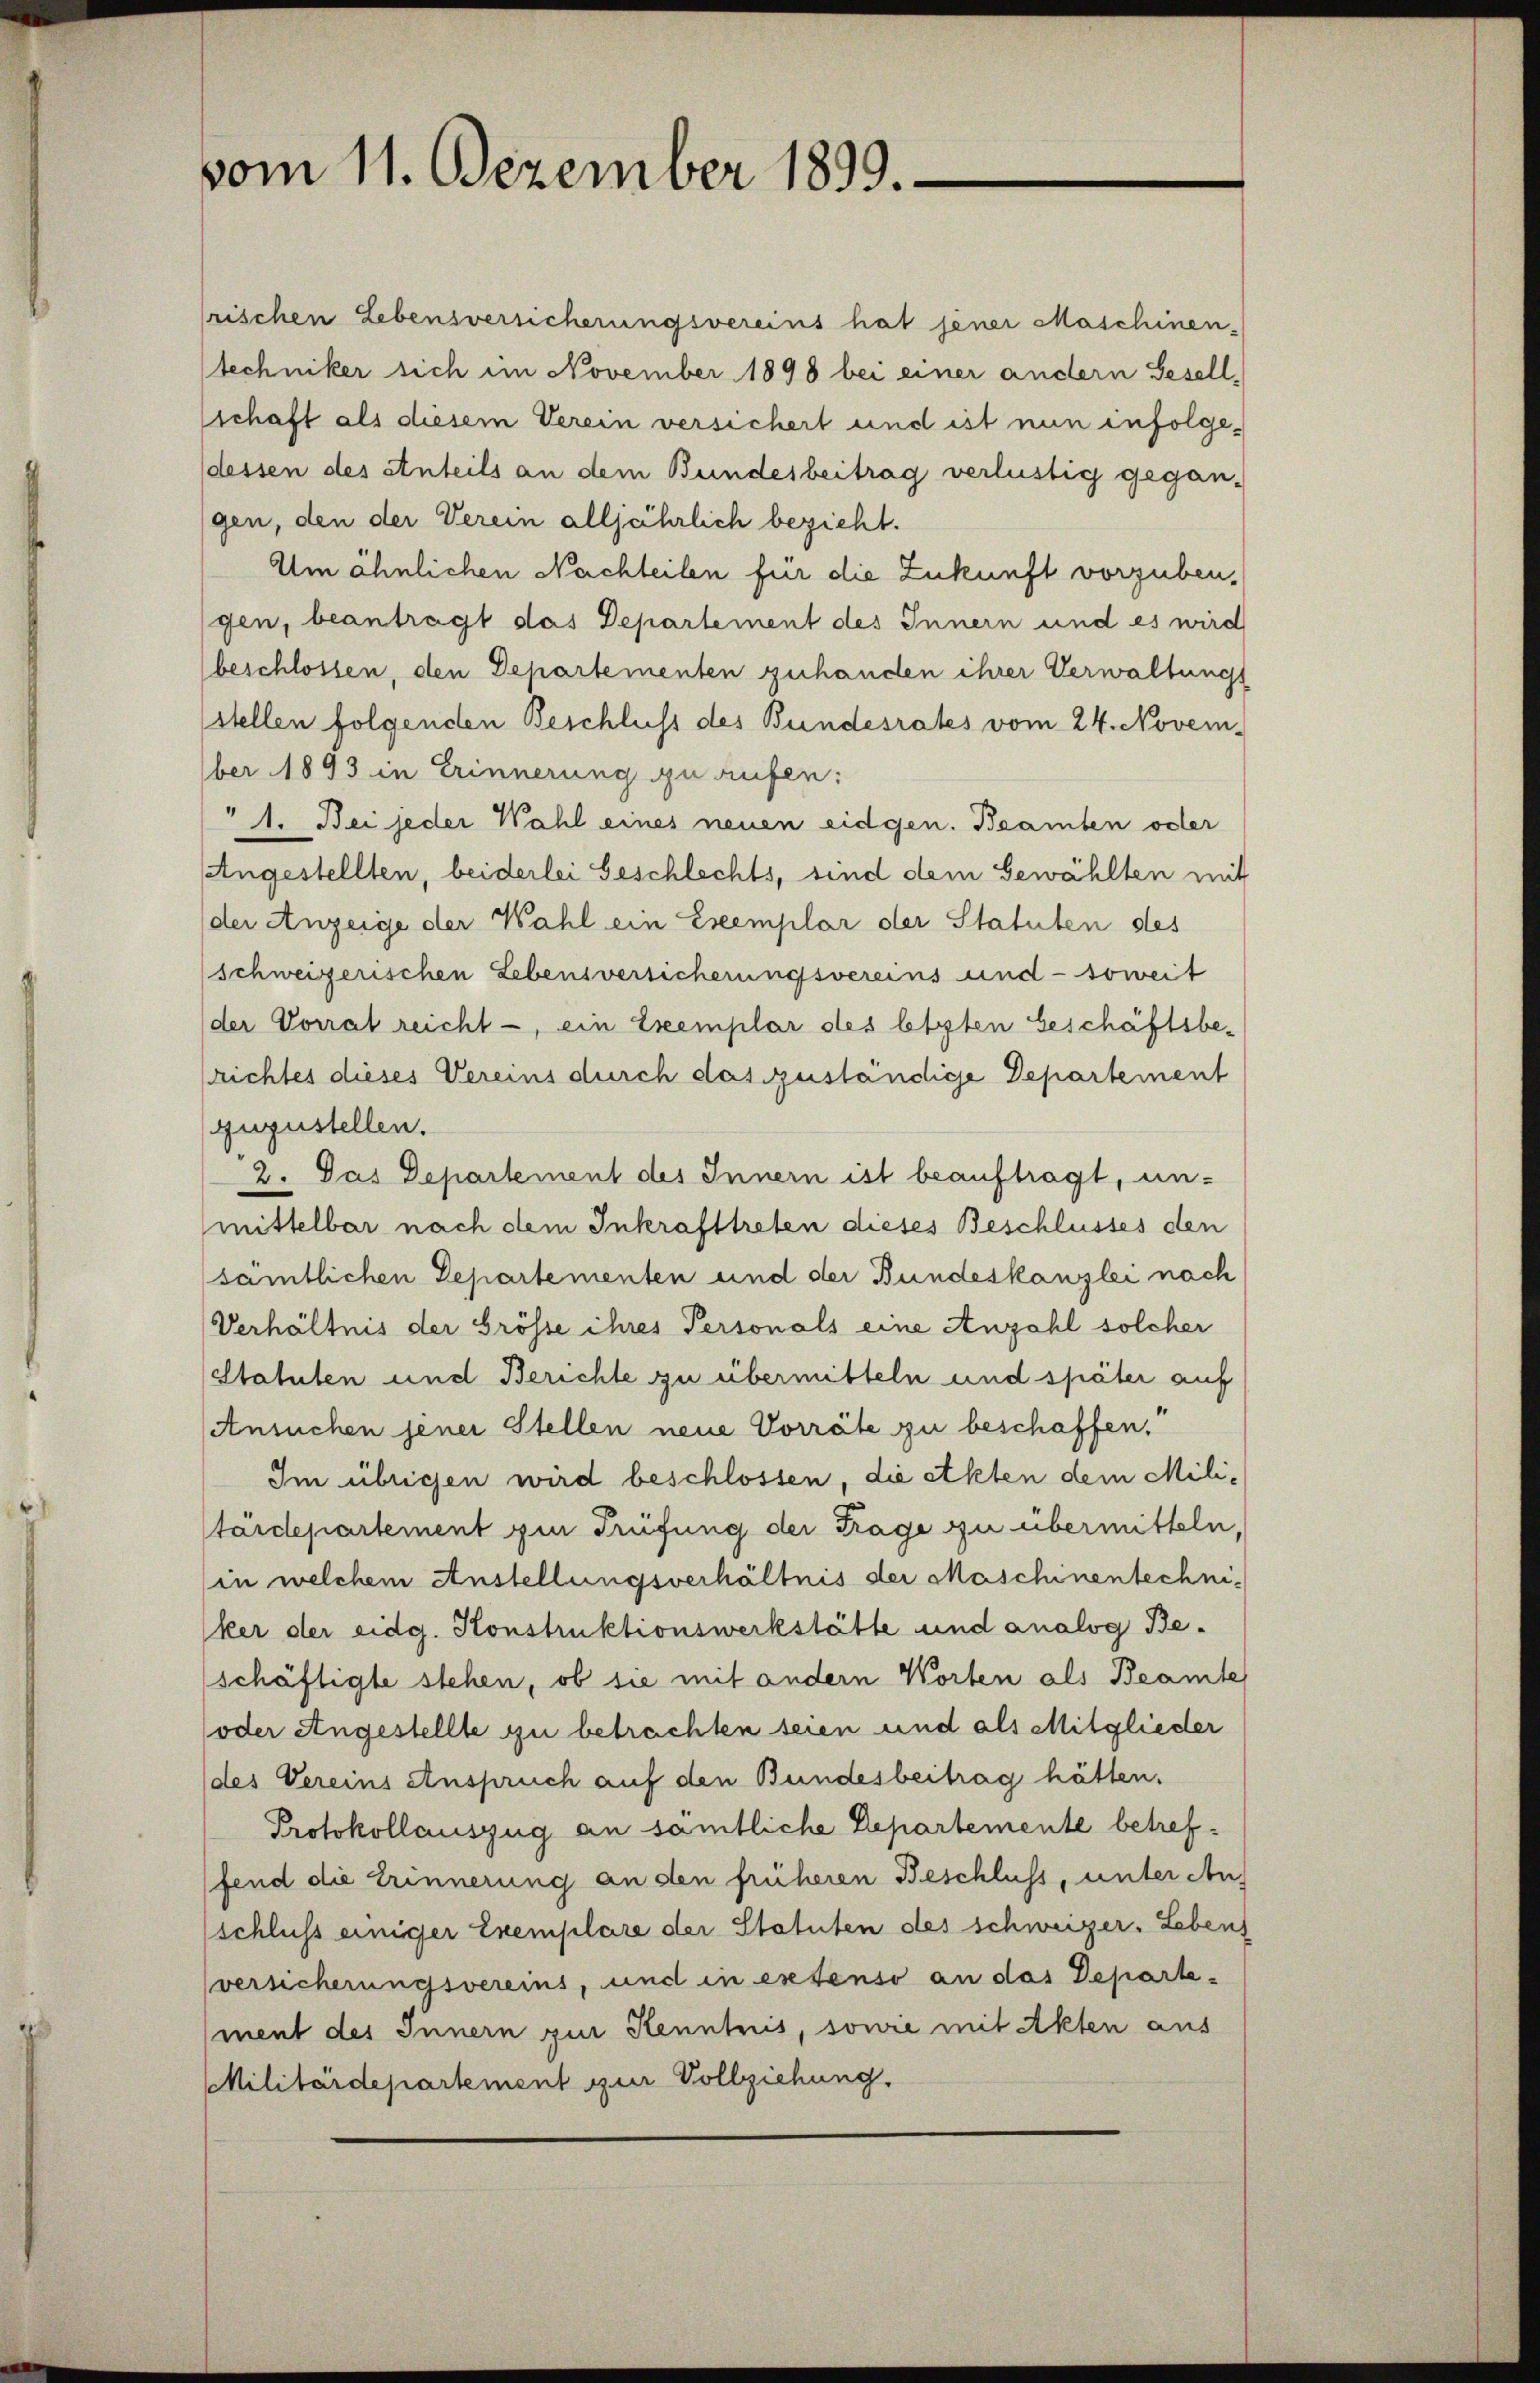
vom 11. Dezember 1899.

rischen Lebensversicherungsvereins hat jener Maschinen-
Stechniker sich im November 1898 bei einer andern Gesell,
schaft als diesem Verein versichert und ist nun infolgedessen des Anteils an dem Bundesbeitrag verlustig gegan-
gen, den der Verein alljährlich bezieht.
Um ähnlichen Nachteilen für die Zukunft vorzuben,
gen, beantragt das Departement des Innern und es wird
beschlossen, den Departementen zuhanden ihrer Verwaltungs
stellen folgenden Beschluss des Bundesrates vom 24. Novem-
ber 1893 in Erinnerung zu aufen:
1. Bei jeder Wahl eines neuen eidgen. Beamten oder
Angestellten, beiderlei Geschlechts, sind dem Gewählten mit
der Anzeige der Wahl ein Exemplar der Statuten des
schweizerischen Lebensversicherungsvereins und - soweit
der Vorrat reicht -, ein Exemplar des letzten beschäftsbe-
richtes dieses Vereins durch das zuständige Departement
zuzustellen.
2. Das Departement des Innern ist beauftragt, un-
mittelbar nach dem Inkrafttreten dieses Beschlusses den
sämtlichen Departementen und der Bundeskanzlei nach
Verhältnis der Grösse ihres Personals eine Anzahl solcher
Statuten und Berichte zu übermitteln und später auf
(Ansuchen jener Stellen neue Vorräte zu beschaffen.
Im übrigen wird beschlossen, die Akten dem Militärdepartement in Prüfung der Trage zu übermitteln,
(in welchem Anstellungsverhältnis der Maschinentechniker der eidg. Konstruktionswerkstätte und analog Beschäftigte stehen, ob sie mit andern Worten als Beamte
oder Angestellte zu betrachten seien und als Mitglieder
des Vereins Anspruch auf den Bundesbeitrag hätten.
Protokollauszug an sämtliche Departemente betreffend die Erinnerung an den früheren Beschluss, unter Anschluss einiger Exemplare der Statuten des schweizer. Lebens
versicherungsvereins, und in extenso an das Departement des Innern zur Kenntnis, sonre mit Akten aus
Militärdepartement zur Vollziehung.